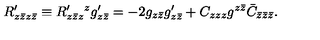
R _ { z \bar { z } z \bar { z } } ^ { \prime } \equiv R _ { z \bar { z } z } ^ { \prime } { } ^ { z } g _ { z \bar { z } } ^ { \prime } = - 2 g _ { z \bar { z } } g _ { z \bar { z } } ^ { \prime } + C _ { z z z } g ^ { z \bar { z } } \bar { C } _ { \bar { z } \bar { z } \bar { z } } .